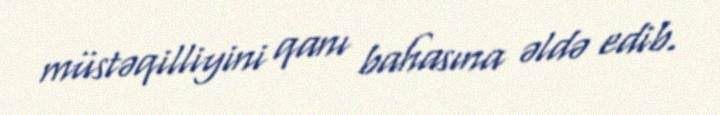
müstəqilliyini qanı bahasına əldə edib.